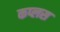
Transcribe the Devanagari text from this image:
कप्लस